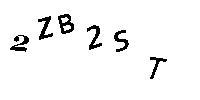
2ZB2ST